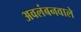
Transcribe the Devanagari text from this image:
अवलंबनवाले